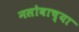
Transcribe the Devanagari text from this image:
नसोबाच्या